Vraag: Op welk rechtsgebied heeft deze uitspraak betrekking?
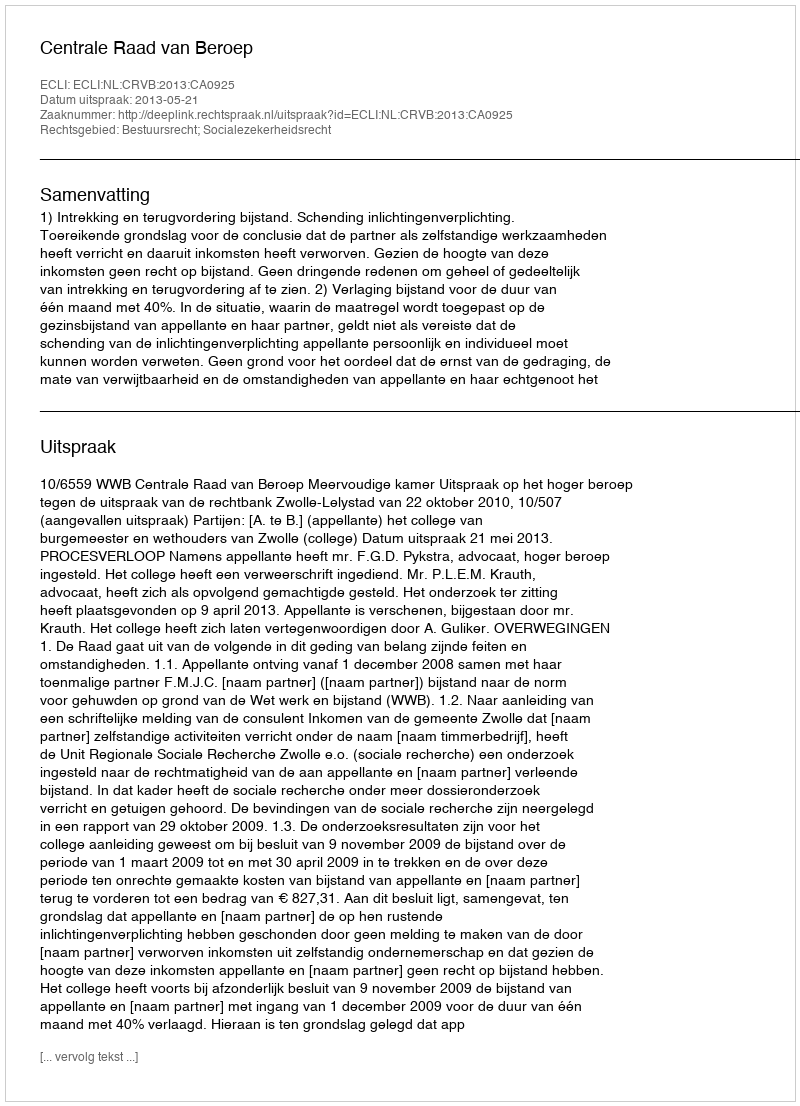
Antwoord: Bestuursrecht; Socialezekerheidsrecht